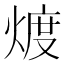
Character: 𱫪